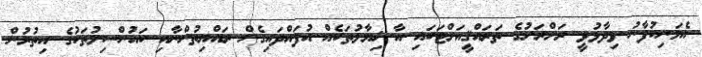
އެމަނިކުފާނު ވިދާޅުވީ ރަށްރަށުގެ ތަރައްޤީއަށްޓަކައި އާ ޚިޔާލުތަކެއް އުފައްދައިގެން ރައްޔިތުންނާއި ކައުންސިލުތަކުގެ އިތުރުން